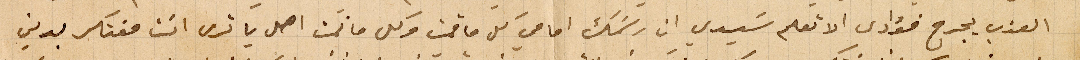
العذب يجرح فؤادي الا تعلم سَيدي ان رسَمك امامي كل ما قمت وكل ما نمت اهل يا ترى انت مفتكر بدين